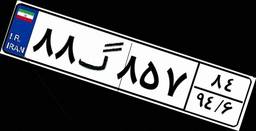
۸۸گ۸۵۷۸۴